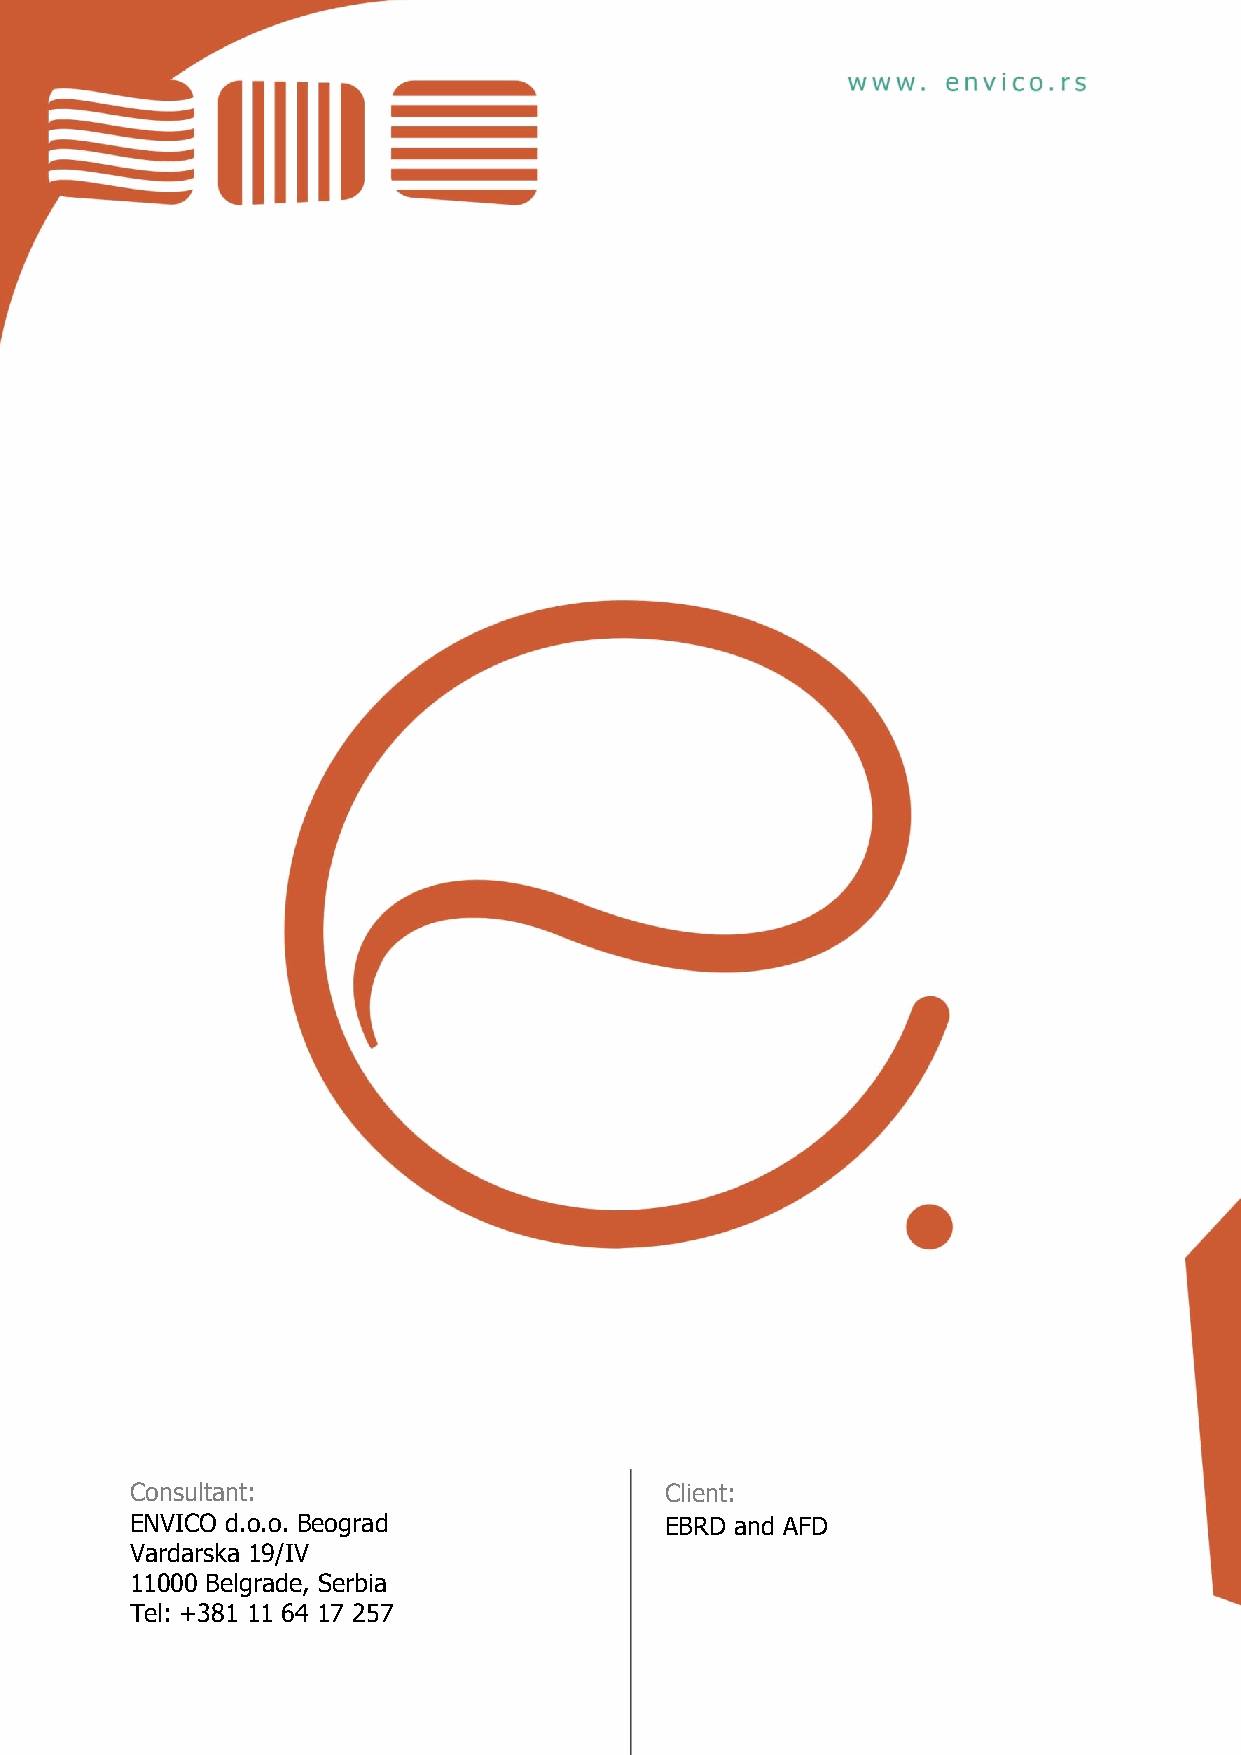
Consultant:                        Client:
 ENVICO d.o.o. Beograd              EBRD and AFD
 Vardarska 19/IV
 11000 Belgrade, Serbia
 Tel: +381 11 64 17 257
 30